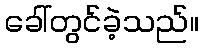
ခေါ်တွင်ခဲ့သည်။